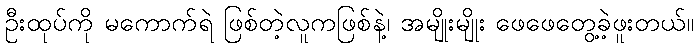
ဦးထုပ်ကို မကောက်ရဲ ဖြစ်တဲ့လူကဖြစ်နဲ့၊ အမျိုးမျိုး ဖေဖေတွေ့ခဲ့ဖူးတယ်။